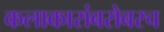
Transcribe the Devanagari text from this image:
कलाकारांबरोबरच